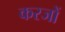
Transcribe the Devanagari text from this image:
करजों